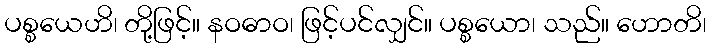
ပစ္စယေဟိ၊ တို့ဖြင့်။ နဝဓာဝ၊ ဖြင့်ပင်လျှင်။ ပစ္စယော၊ သည်။ ဟောတိ၊